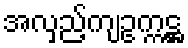
အလှည့်ကျဥက္ကဋ္ဌ